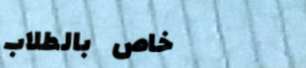
خاص بالطلاب